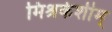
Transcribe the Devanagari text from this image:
मिश्रकेशीम्